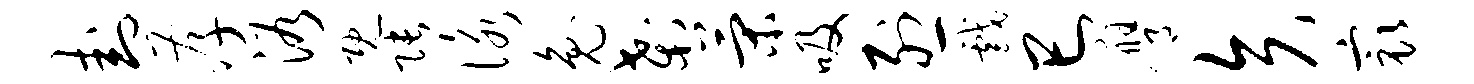
卦孝浴既张咏兔刹策吸烈戏巳膺矢最